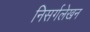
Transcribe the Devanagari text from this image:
निसर्गलेखन